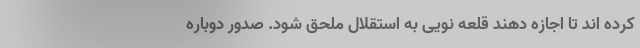
کرده اند تا اجازه دهند قلعه نویی به استقلال ملحق شود. صدور دوباره